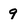
Character: 9